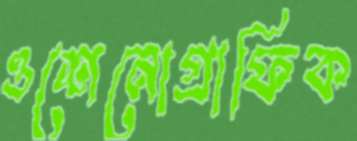
ওশেনোগ্রাফিক